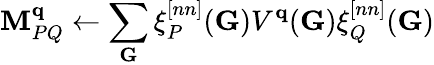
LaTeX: \mathbf{M}_{PQ}^{\mathbf{{q}}}\leftarrow\sum_{\mathbf{{G}}}\xi_{P}^{[nn]}(\mathbf{{G}})V^{\mathbf{{q}}}(\mathbf{{G}})\xi_{Q}^{[nn]}(\mathbf{{G}})